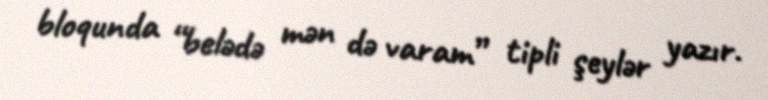
bloqunda “belədə mən də varam” tipli şeylər yazır.